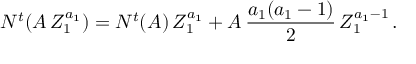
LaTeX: N ^ { t } ( A \, Z _ { 1 } ^ { a _ { 1 } } ) = N ^ { t } ( A ) \, Z _ { 1 } ^ { a _ { 1 } } + A \, { \frac { a _ { 1 } ( a _ { 1 } - 1 ) } { 2 } } \, Z _ { 1 } ^ { a _ { 1 } - 1 } \, .